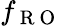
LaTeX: f_{\mathrm{~R~O~}}